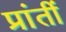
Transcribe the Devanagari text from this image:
प्रांतीं